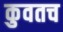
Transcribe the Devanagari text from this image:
कुवतच